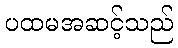
ပထမအဆင့်သည်